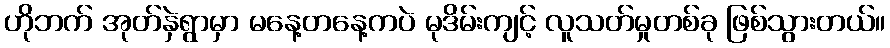
ဟိုဘက် အုတ်နှဲရွာမှာ မနေ့တနေ့ကပဲ မုဒိမ်းကျင့် လူသတ်မှုတစ်ခု ဖြစ်သွားတယ်။